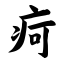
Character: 疴